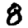
Digit: 8